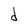
Character: d